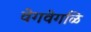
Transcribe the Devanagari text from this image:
वेगवेगळि